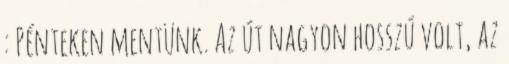
: Pénteken mentünk. Az út nagyon hosszú volt, az